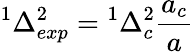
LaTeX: {^{1}\Delta_{exp}^{2}}={^{1}\Delta_{c}^{2}}{\frac{a_{c}}{a}}